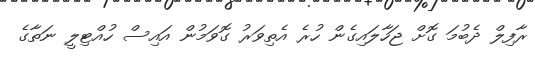
ރާފިލް ދެބުމަ ގޮށް ޖަހާލައިގެން ހުރެ އެތިވަރު ގޮވަމުން އައިސް ހުއްޓިލީ ނަތާގެ